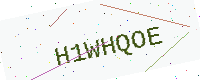
Text: H1WHQOE